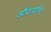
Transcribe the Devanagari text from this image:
औदार्याचे